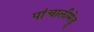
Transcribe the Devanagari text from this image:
पांचालीमेडू